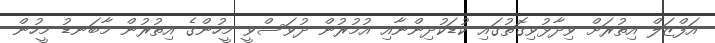
އަފްޒަލް އިތުރަށް ވިދާޅުވިގޮތުގައި ކުޑަކުދިންނާއި އުމުރުން ދުވަސްވީ މީހުންގެ އިތުރުން މާބަނޑު މީހުން